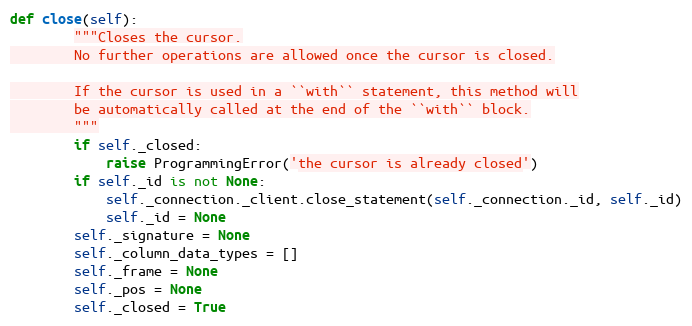
Language: Python
def close(self):
        """Closes the cursor.
        No further operations are allowed once the cursor is closed.

        If the cursor is used in a ``with`` statement, this method will
        be automatically called at the end of the ``with`` block.
        """
        if self._closed:
            raise ProgrammingError('the cursor is already closed')
        if self._id is not None:
            self._connection._client.close_statement(self._connection._id, self._id)
            self._id = None
        self._signature = None
        self._column_data_types = []
        self._frame = None
        self._pos = None
        self._closed = True